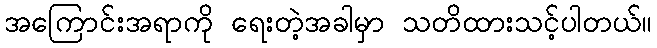
အကြောင်းအရာကို ရေးတဲ့အခါမှာ သတိထားသင့်ပါတယ်။